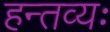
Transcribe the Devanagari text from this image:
हन्तव्यः